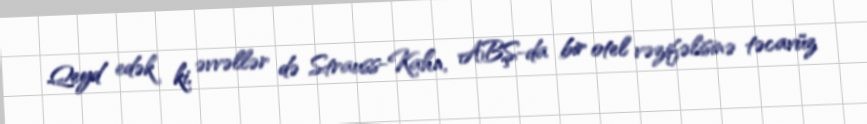
Qeyd edək ki, əvvəllər də Strauss-Kahn, ABŞ-da bir otel vəzifəlisinə təcavüz